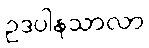
ဥဒပါနသာလာ